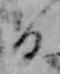
日